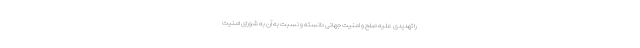
را تهدیدی علیه صلح و امنیت جهانی دانسته و نسبت به آن به شورای امنیت